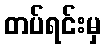
တပ်ရင်းမှ